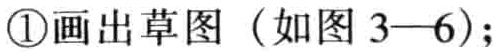
\textcircled{1}画出草图（如图 3—6）;